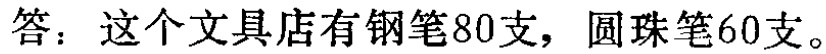
答：这个文具店有钢笔80支，圆珠笔60支。